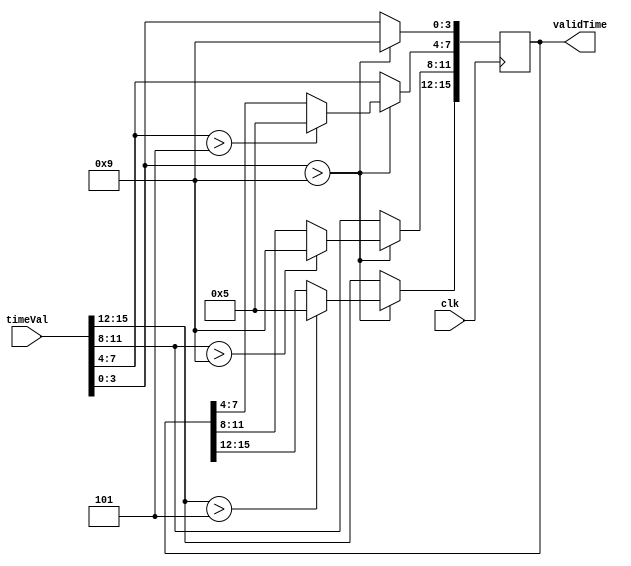

module SwitchValidator(clk, timeVal, validTime);

	input clk;
	input[15:0] timeVal;
	output reg [15:0] validTime;
	
	always @(posedge clk) begin
			//if the minstens > 5 set it to 5
			if(timeVal[15:12] > 4'h5)
				validTime[15:12] <= 4'b0101;
			//if the minsones > 9 set it to 9
			if(timeVal[11:8] > 4'h9)
				validTime[11:8] <= 4'h9;
			//if the secstens > 5 set it to 5
			if(timeVal[7:4] > 4'h5)
				validTime[7:4] <= 4'b0101;
			//if the minsones > 9 set it to 9
			if(timeVal[3:0] > 4'h9)
				validTime[3:0] <= 4'h9;
			else
				validTime[15:0] <= timeVal;
	end

endmodule